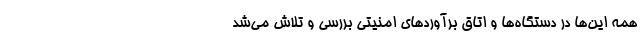
همه این‌ها در دستگاه‌ها و اتاق برآورد‌های امنیتی بررسی و تلاش می‌شد